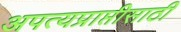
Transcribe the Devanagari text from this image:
अपत्यप्राप्तीसाठी